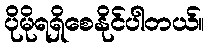
ပိုမိုရရှိစေနိုင်ပါတယ်။